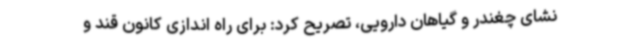
نشای چغندر و گیاهان دارویی، تصریح کرد: برای راه اندازی کانون قند و